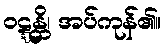
ဝဋ္ဋန္တိ၊ အပ်ကုန်၏။